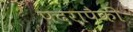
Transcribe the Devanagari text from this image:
पदरापैकी